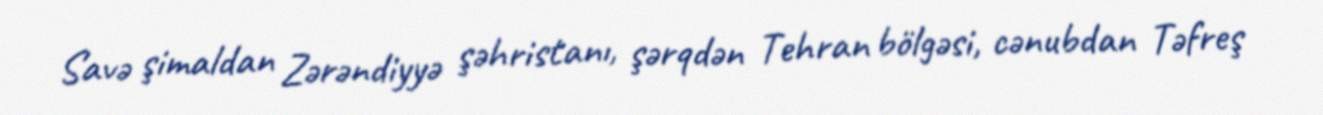
Savə şimaldan Zərəndiyyə şəhristanı, şərqdən Tehran bölgəsi, cənubdan Təfreş